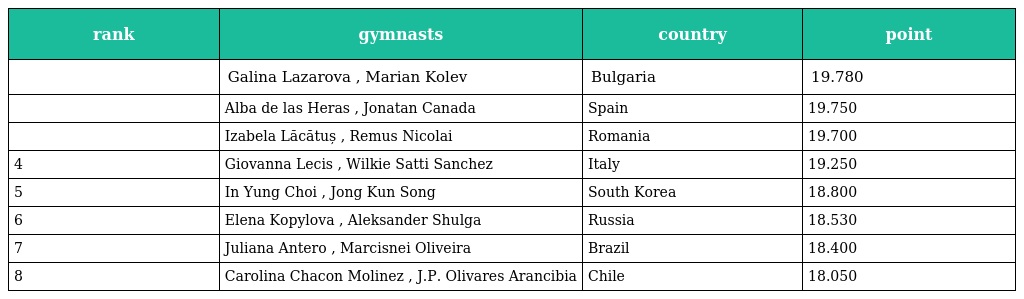
| rank | gymnasts | country | point |
 | --- | --- | --- | --- |
 |  | Galina Lazarova , Marian Kolev | Bulgaria | 19.780 |
 |  | Alba de las Heras , Jonatan Canada | Spain | 19.750 |
 |  | Izabela Lăcătuș , Remus Nicolai | Romania | 19.700 |
 | 4 | Giovanna Lecis , Wilkie Satti Sanchez | Italy | 19.250 |
 | 5 | In Yung Choi , Jong Kun Song | South Korea | 18.800 |
 | 6 | Elena Kopylova , Aleksander Shulga | Russia | 18.530 |
 | 7 | Juliana Antero , Marcisnei Oliveira | Brazil | 18.400 |
 | 8 | Carolina Chacon Molinez , J.P. Olivares Arancibia | Chile | 18.050 |